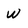
Character: W